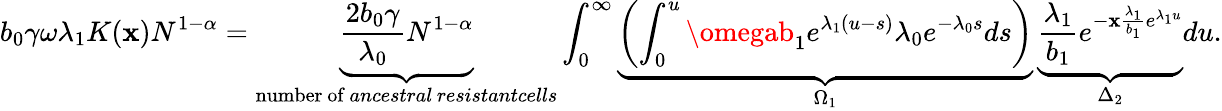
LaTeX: b_{0}\gamma\omega\lambda_{1}K(\mathbf{x})N^{1-\alpha}=\underbrace{{\frac{{2b_{0}\gamma}}{{\lambda_{0}}}N^{1-\alpha}}}_{\substack{\mathrm{{number~of}}\, \textit{{ancestral}}\, \textit{{resistantcells}}}}\int_{0}^{\infty}\underbrace{{\left(\int_{0}^{u}\omegab_{1}e^{\lambda_{1}(u-s)}\lambda_{0}e^{-\lambda_{0}s}ds\right)}}_{\substack{\Omega_{1}}}\, \underbrace{{\frac{{\lambda_{1}}}{{b_{1}}}e^{-\mathbf{x}\frac{{\lambda_{1}}}{{b_{1}}}e^{\lambda_{1}u}}}}_{\substack{\Delta_{2}}}du.